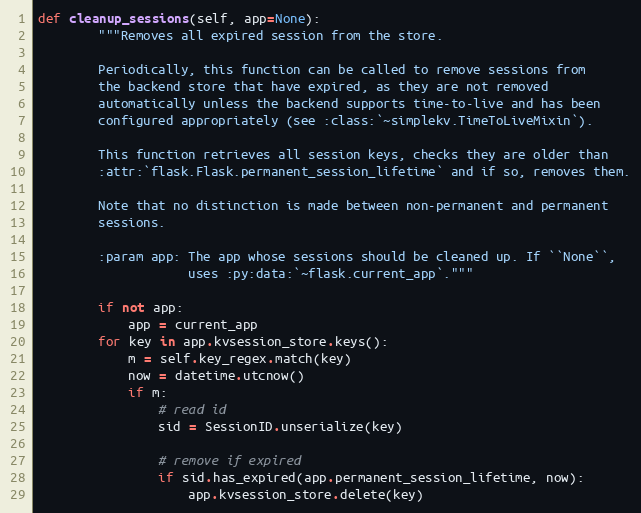
Language: Python
def cleanup_sessions(self, app=None):
        """Removes all expired session from the store.

        Periodically, this function can be called to remove sessions from
        the backend store that have expired, as they are not removed
        automatically unless the backend supports time-to-live and has been
        configured appropriately (see :class:`~simplekv.TimeToLiveMixin`).

        This function retrieves all session keys, checks they are older than
        :attr:`flask.Flask.permanent_session_lifetime` and if so, removes them.

        Note that no distinction is made between non-permanent and permanent
        sessions.

        :param app: The app whose sessions should be cleaned up. If ``None``,
                    uses :py:data:`~flask.current_app`."""

        if not app:
            app = current_app
        for key in app.kvsession_store.keys():
            m = self.key_regex.match(key)
            now = datetime.utcnow()
            if m:
                # read id
                sid = SessionID.unserialize(key)

                # remove if expired
                if sid.has_expired(app.permanent_session_lifetime, now):
                    app.kvsession_store.delete(key)